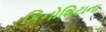
કિનોશિટાના